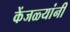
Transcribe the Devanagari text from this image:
केंजळ्यांनी